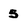
Character: 5